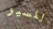
للسير